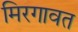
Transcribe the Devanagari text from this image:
मिरगावत